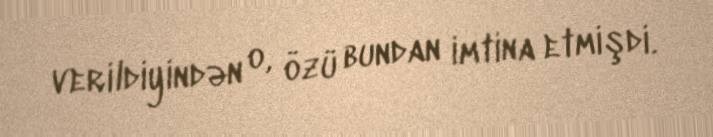
verildiyindən o, özü bundan imtina etmişdi.